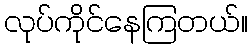
လုပ်ကိုင်နေကြတယ်။